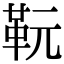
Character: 𩉯